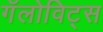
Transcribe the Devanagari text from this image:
गॅलोविट्स